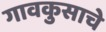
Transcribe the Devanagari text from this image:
गावकुसाचे